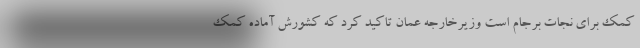
کمک برای نجات برجام است وزیرخارجه عمان تاکید کرد که کشورش آماده کمک